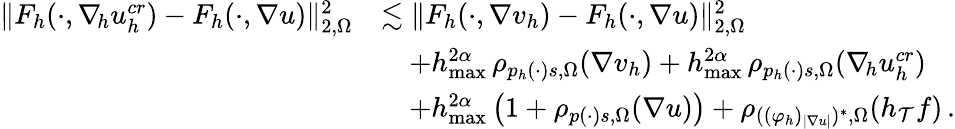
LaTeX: \begin{array}{r}{\begin{array}{rl}{\| F_{h}(\cdot,\nabla_{\! h}u_{h}^{\textit{cr}})-F_{h}(\cdot,\nabla u)\| _{2,\Omega}^{2}}&{\lesssim\| F_{h}(\cdot,\nabla v_{h})-F_{h}(\cdot,\nabla u)\| _{2,\Omega}^{2}}\\ &{\quad+h_{\operatorname*{max}}^{2\alpha}\, \rho_{p_{h}(\cdot)s,\Omega}(\nabla v_{h})+h_{\operatorname*{max}}^{2\alpha}\, \rho_{p_{h}(\cdot)s,\Omega}(\nabla_{\! h}u_{h}^{\textit{cr}})}\\ &{\quad+h_{\operatorname*{max}}^{2\alpha}\, \big(1+\rho_{p(\cdot)s,\Omega}(\nabla u)\big)+\rho_{((\varphi_{h})_{\vert\nabla u\vert})^{*},\Omega}(h_{\mathcal{T}}f)\, .}\end{array}}\end{array}